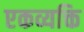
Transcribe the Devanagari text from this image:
एकव्यक्ति